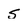
Character: S